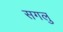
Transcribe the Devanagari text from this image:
सगलु